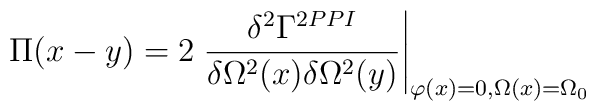
\Pi(x-y)=2\left.\frac{\delta^2\Gamma^{2PPI}}{\delta\Omega^2(x)\delta\Omega^2(y)}\right|_{\varphi(x)=0, \Omega(x)=\Omega_{0}}